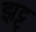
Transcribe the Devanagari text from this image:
झट्ट